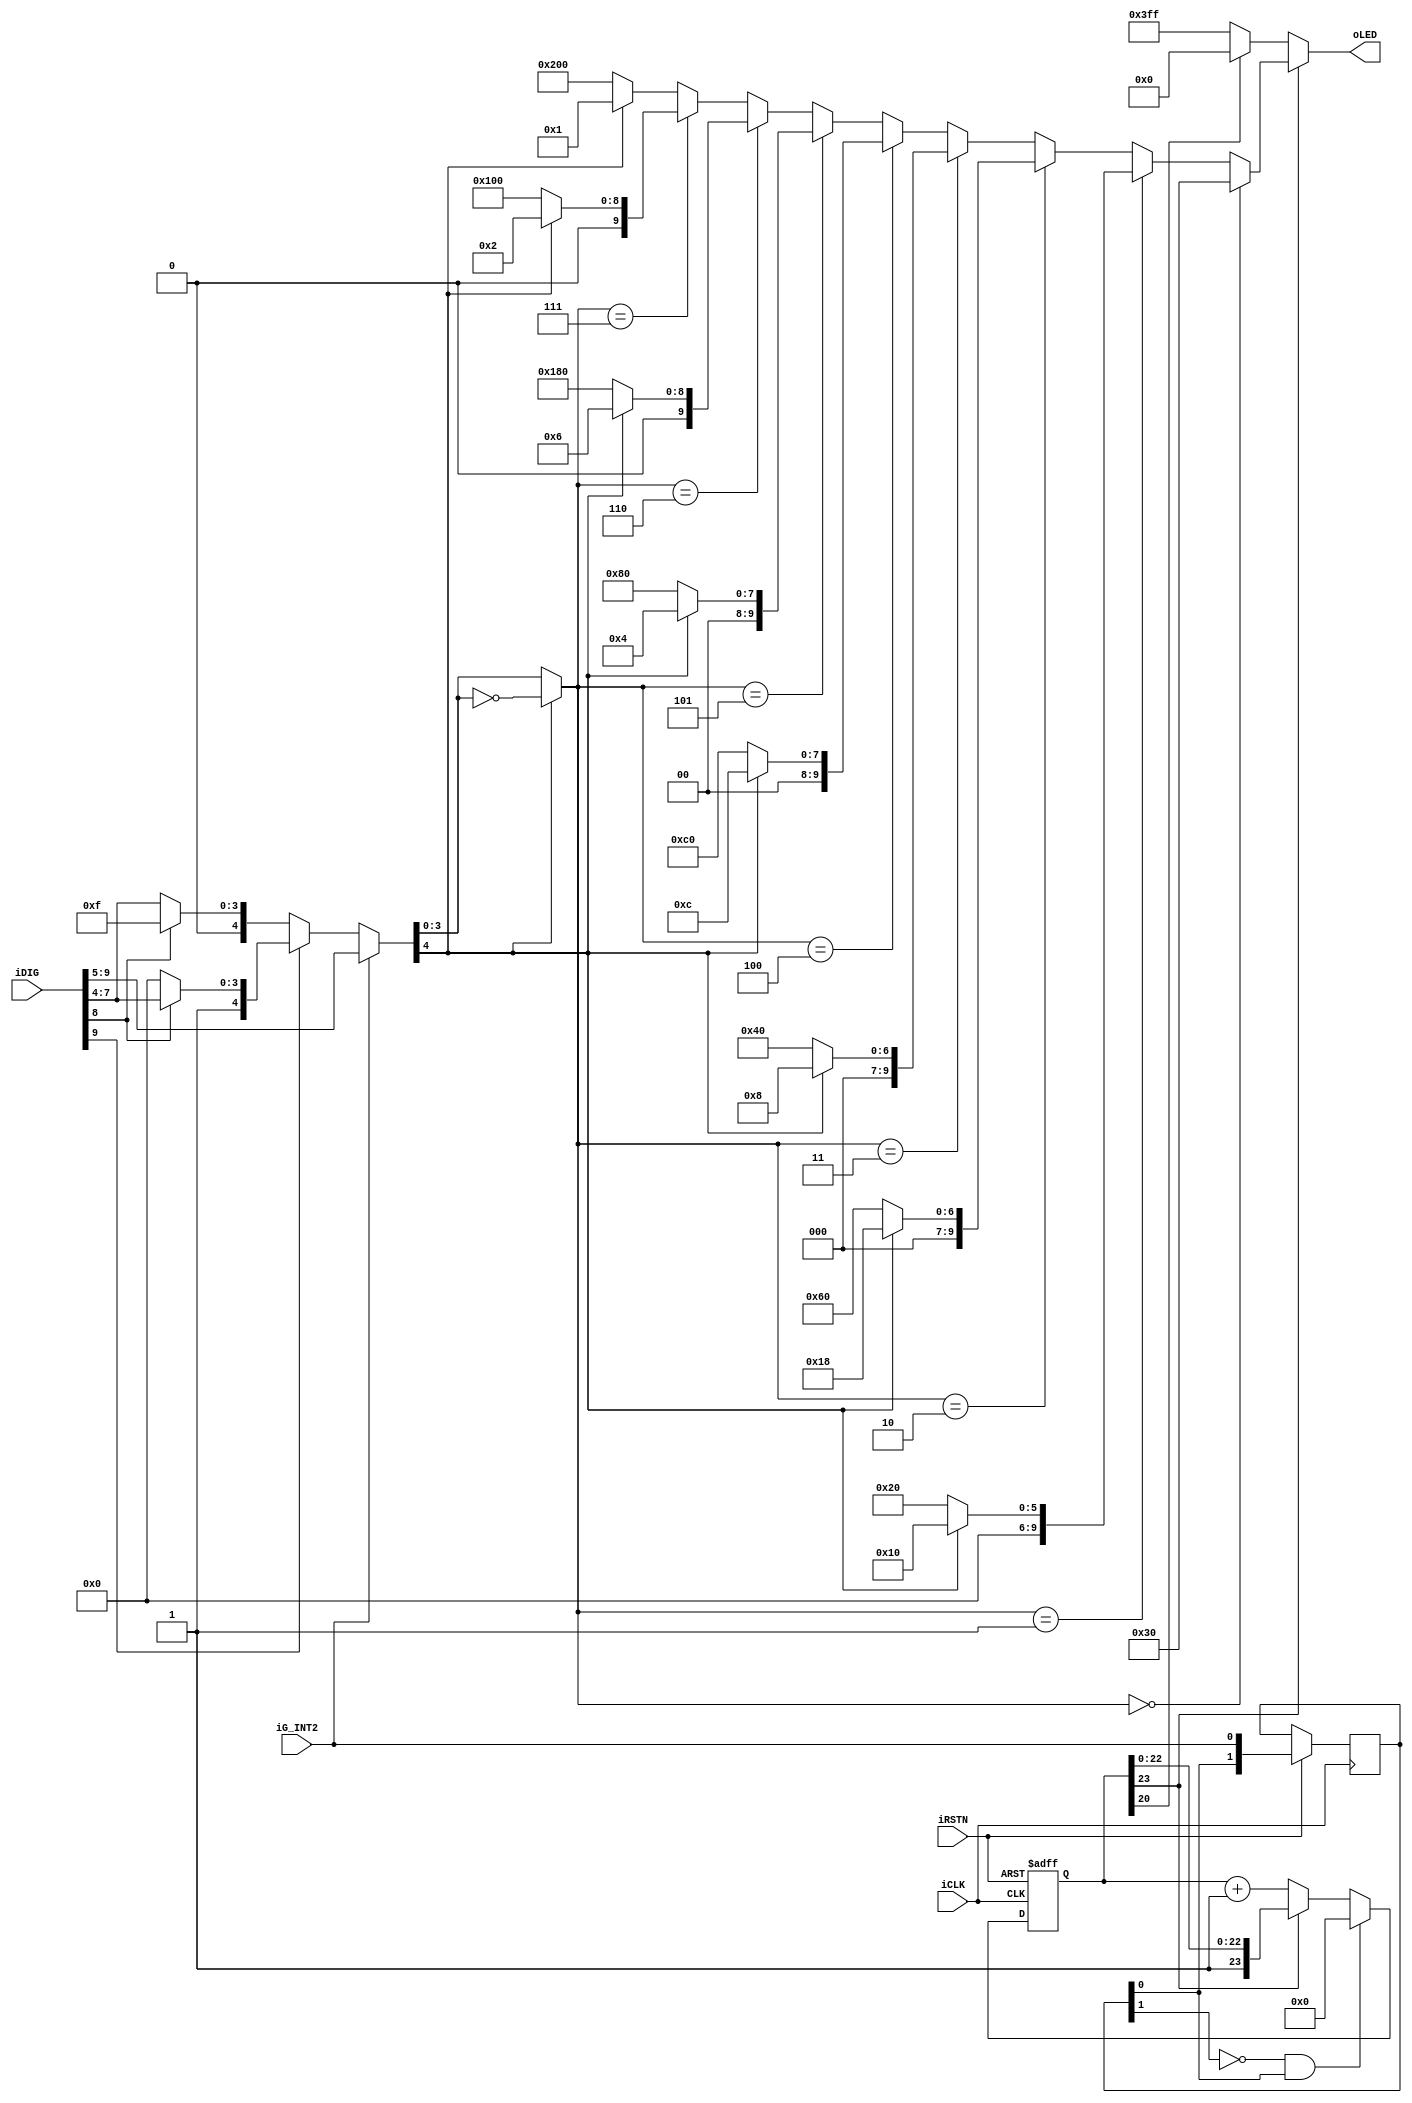
module led_driver (iRSTN, iCLK, iDIG, iG_INT2, oLED);
input				       iRSTN;
input				       iCLK;
input		    [9:0]  iDIG;
input		           iG_INT2;
output	    [9:0]  oLED;

//=======================================================
//  REG/WIRE declarations
//=======================================================
wire				[4:0]  select_data;
wire               signed_bit;
wire				[3:0]  abs_select_high;
reg				  [1:0]  int2_d;
reg	        [23:0] int2_count;
reg	               int2_count_en;

//=======================================================
//  Structural coding
//=======================================================
assign select_data = iG_INT2 ? iDIG[9:5] :  // +-2g resolution : 10-bit
                               (iDIG[9]?(iDIG[8]?iDIG[8:4]:5'h10):(iDIG[8]?5'hf:iDIG[8:4])); // +-g resolution : 9-bit                               
assign signed_bit = select_data[4];
assign abs_select_high = signed_bit ? ~select_data[3:0] : select_data[3:0]; // the negitive number here is the 2's complement - 1

/*assign oLED = int2_count[23] ? ((abs_select_high[3:1] == 3'h0) ? 8'h18 :
				                        (abs_select_high[3:1] == 3'h1) ? (signed_bit?8'h8:8'h10) :
				                        (abs_select_high[3:1] == 3'h2) ? (signed_bit?8'hc:8'h30) :
				                        (abs_select_high[3:1] == 3'h3) ? (signed_bit?8'h4:8'h20) :
				                        (abs_select_high[3:1] == 3'h4) ? (signed_bit?8'h6:8'h60) :
				                        (abs_select_high[3:1] == 3'h5) ? (signed_bit?8'h2:8'h40) :
				                        (abs_select_high[3:1] == 3'h6) ? (signed_bit?8'h3:8'hc0) :
				                                                         (signed_bit?8'h1:8'h80)):
				                        (int2_count[20] ? 8'h0 : 8'hff); // Activity*/
												
assign oLED = int2_count[23] ? ((abs_select_high[3:0] == 3'h0) ? 10'h030 :
				                        (abs_select_high[3:0] == 3'h1) ? (signed_bit?10'h010:10'h020) :
				                        (abs_select_high[3:0] == 3'h2) ? (signed_bit?10'h018:10'h060) :
				                        (abs_select_high[3:0] == 3'h3) ? (signed_bit?10'h8:10'h040) :
				                        (abs_select_high[3:0] == 3'h4) ? (signed_bit?10'hc:10'h0c0) :
				                        (abs_select_high[3:0] == 3'h5) ? (signed_bit?10'h4:10'h080) :
				                        (abs_select_high[3:0] == 3'h6) ? (signed_bit?10'h6:10'h180) :
				                        (abs_select_high[3:0] == 3'h7) ? (signed_bit?10'h2:10'h100) :
				                        (abs_select_high[3:0] == 3'h8) ? (signed_bit?10'h3:10'h300) :
				                                                         (signed_bit?10'h1:10'h200)):
				                        (int2_count[20] ? 10'h0 : 10'h3ff); // Activity												
												
												
												

always@(posedge iCLK or negedge iRSTN)
	if (!iRSTN)
  begin
    int2_count_en	<= 1'b0;	
    int2_count <= 24'h800000;
  end
	else
	begin
		int2_d <= {int2_d[0], iG_INT2};

		if (!int2_d[1] && int2_d[0])
    begin
      int2_count_en	<= 1'b1;		
	    int2_count <= 24'h0;
	  end
	  else if (int2_count[23])
	  	int2_count_en	<= 1'b0; 	
    else
	  	int2_count <= int2_count + 1;
	end

endmodule